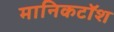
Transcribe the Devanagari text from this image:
मानिकटॉश